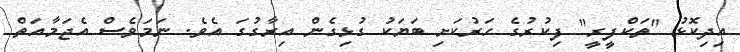
އިދިކޮޅު "ތަކްފީރީ" ފިކުރުގެ ހަރުކަށި ބަޔަކު ގުޅިގެން އިރާގުގަ އެވެ. ނަމަވެސް އެޖަމާއަތް